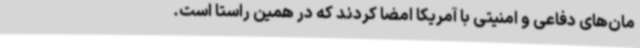
مان‌های دفاعی و امنیتی با آمریکا امضا کردند که در همین راستا است.